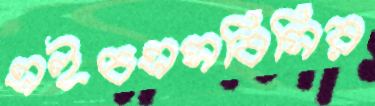
এইচএসবিসির